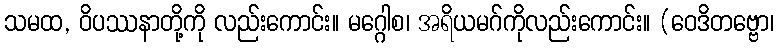
သမထ, ဝိပဿနာတို့ကို လည်းကောင်း။ မဂ္ဂေါစ၊ အရိယမဂ်ကိုလည်းကောင်း။ (ဝေဒိတဗ္ဗော၊